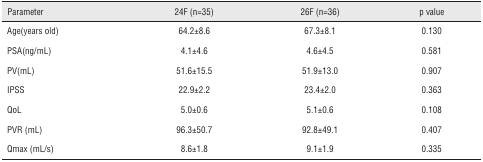
<table><thead><tr><td><b>Parameter</b></td><td><b>24F (n=35)</b></td><td><b>26F (n=36)</b></td><td><b>p value</b></td></tr></thead><tbody><tr><td>Age(years old)</td><td>64.2±8.6</td><td>67.3±8.1</td><td>0.130</td></tr><tr><td>PSA(ng/mL)</td><td>4.1±4.6</td><td>4.6±4.5</td><td>0.581</td></tr><tr><td>PV(mL)</td><td>51.6±15.5</td><td>51.9±13.0</td><td>0.907</td></tr><tr><td>IPSS</td><td>22.9±2.2</td><td>23.4±2.0</td><td>0.363</td></tr><tr><td>QoL</td><td>5.0±0.6</td><td>5.1±0.6</td><td>0.108</td></tr><tr><td>PVR (mL)</td><td>96.3±50.7</td><td>92.8±49.1</td><td>0.407</td></tr><tr><td>Qmax (mL/s)</td><td>8.6±1.8</td><td>9.1±1.9</td><td>0.335</td></tr></tbody></table>